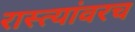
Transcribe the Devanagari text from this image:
रास्त्यांवरच